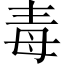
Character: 毒